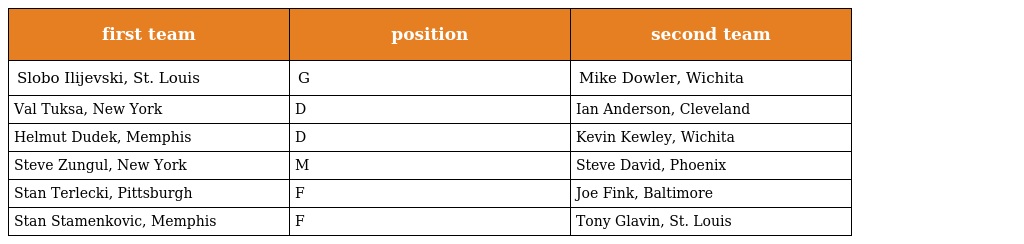
| first team | position | second team |
 | --- | --- | --- |
 | Slobo Ilijevski, St. Louis | G | Mike Dowler, Wichita |
 | Val Tuksa, New York | D | Ian Anderson, Cleveland |
 | Helmut Dudek, Memphis | D | Kevin Kewley, Wichita |
 | Steve Zungul, New York | M | Steve David, Phoenix |
 | Stan Terlecki, Pittsburgh | F | Joe Fink, Baltimore |
 | Stan Stamenkovic, Memphis | F | Tony Glavin, St. Louis |